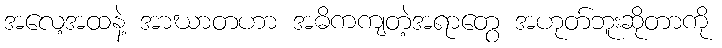
အလေ့အထနဲ့ အာဃာတဟာ အဓိကကျတဲ့အရာတွေ အဟုတ်ဘူးဆိုတာကို